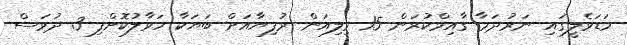
މަޑަވެލީގައި ނަރުދަމާ ގާއިމްކުރަން 15 މިލިއަން ރުފިޔާއަށް ބަޔަކާ ހަވާލުކޮށްފި 3 ދުވަސް